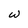
Character: W